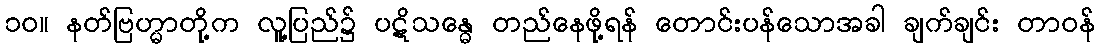
၁၀။ နတ်ဗြဟ္မာတို့က လူ့ပြည်၌ ပဋိသန္ဓေ တည်နေဖို့ရန် တောင်းပန်သောအခါ ချက်ချင်း တာဝန်